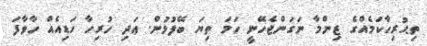
ތިޙުރިހާކަމެއްގެ ޒިންމާ ނަގަންޖެހޭނީ ހަމަ ތިޔަ ބޭފުޅުން. ޢަދި ހުރިހާ ހަޑިއެއް ހާވާފަ